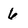
Character: 6